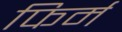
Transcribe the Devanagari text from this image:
फिर्म